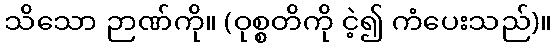
သိသော ဉာဏ်ကို။ (ဝုစ္စတိကို ငဲ့၍ ကံပေးသည်)။